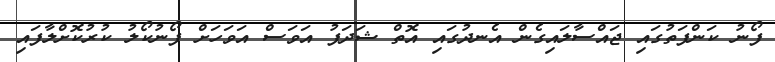
ފޯނު ކަންފަތުގައި ޖައްސާލައިގެން އެނދުގައި އޮތް ޝަދަފު އަވަސް އަވަހަށް ފޯނުކޯލު ކުރުކޮށްލާފައި